Leaving Certificate Examination, 1902
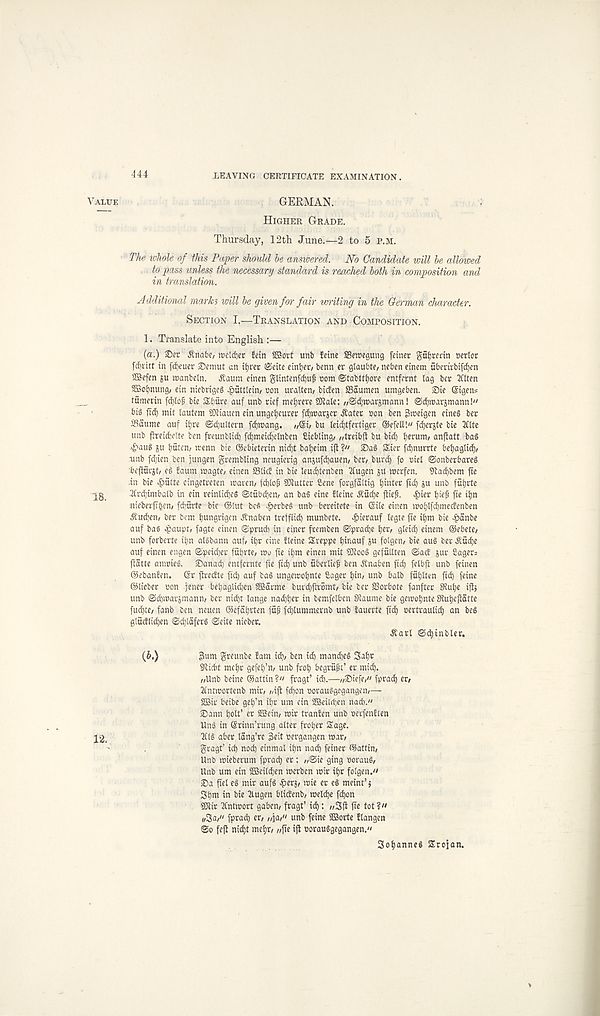
444
LEAVING CERTIFICATE EXAMINATION.
Value
GERMAN.
Higher Grade.
Thursday, 12th June.—2 to 5 P.M.
The whole of this Paper should he answered. No Candidate will he alldioed
to pass unless the necessary standard is reached both in composition and
in translation.
Additional marks will he given for fair writing in the German character.
Section I.—Translation and Composition.
1. Translate into English :—
(a.) 2>er Anabc, wcldjer Ictn fffiovt unb fcine SScwcgung feiner gnfjrenn oerlor
fcf>ntt in fcfyeuer ©emut an tijrer ©cite eintjer/ benn er glaubt?/ nebcn einem ubenvbifdjcn
2Befen ju roanbeln. ^aum cinen glintcnfd)uf com ©tabtttjore cntfcrnt lag ber IHten
SBofynung, cin niebriges ^uttleiiu non uralten/ bicfen ffiaumen umgeben. 2)ie ©igen*
tumeiin fd)lo§ bie Sbure auf unb rief tnefyrerc COtale: „©d;tt>arjmann! ©djwarjntann!"
fid) mit lantern SOltauen ein ungctjeurer fd)tt)arjer jtater non ben graeigen eine§ bee
ifiaume auf itjre ©djultern fdjtnang.
bu leidjtfertiger ©efell!" fdjerjte bie lllte
unb flreidielte ben freunblid) fd)meid)elnben Siebling/ ,/treibft bu bid) Ijerum/ anflatt bad
^auS su bttten/ irenn bie ©ebieterin nid)t bafjeim ifi V' ©ad Sier fdjnurrte beljaglid),
■ unb fdjien ben jungen grerabling neugierig anjufdjauen, ber, burd) fo niel ©onberbareg
bejiui-jt/ ed faum jnagte/ einen SSlicf in bie leud)tenben Itugen jU tnerfen. iRac^bem jte
in bie Quite eingetreten roaren, jd)lo| j SOlutter Sene forgfaltig Ijinter fid) ju unb futjrte
• ] L g_ 2li-d)imbalb in etn reinlidjed ©tubdjen/ an bad eine fleine Aud)e ftiefs. ^>ier l)tep fie ifjn
nieberfi| en> fd;urte bie ©tut bed ^>erbed unb bereitete in ©ile einen >nol)lfd)inec!enben
^udjeii/ ber bom tjungvigen Jtnaben treffiid) munbete. ^ierauf legte fie i^m bie >&anbe
auf bad epaupt/ fagte einen ©prud) in einer fremben ©pradje fjer, gleid) einem ©ebete/
unb forberte iijn aldbann auf/ it)r eine fleine Sreppe Ijinauf ju fotgen, bie aud bev Jtudje
auf einen engen ©peid)er fiitjvte/ too fie iljm einen rait 9Jiood gefullten ©act jur Sager:
ftatte amnied. Sanad) emfernte fie fid) unb fiberliefs ben Anaben fid) felbfi unb feinen
©ebanfen. ©r jtredte fid) auf bad ungeTOoljnte Sager ^in/ unb balb ffiljlten fid) feine
©lieber non jener beb ; aglid;en SBarme turdjftromt, bie ber SSorbote fanfter SRulje ijlj
unb ©d)TOarjmann, ber nid)t lange nadjfer in bcmfelbcn S^aurae bie geTOoljnte Stufjejiatte
fud)te/ fanb ben neuen ©efal)rten fup fdjlummernb unb fauerte fid) oertraulid) an bed
glucflidjen ©d)laferd ©eite nieber.
^arl ©djinbler.
(b.)
greunbe fam id)/ ben id) mandjed 3al)r
Sfticbt mcl)r gefcfi’n/ unb frol) begrupt’ er mid).
//Unb beine ©attin ?« fragt’ id).—//£>iefe,” fprad) er/
2intTOortenb mio //ift fdfon noraudgegangen/—
SOSi r beibe get)’n il)r um cin SEBei l dj en nad).«
Sann fjolt’ er SEein/ TOi r tranfen unb oeifenften
Und in ©rinn’rung alter froljer Sage.
12.
2C(d aber lang’re 3eit rergangen war/
gragt’ id) nod) cinmal il)n nad) feiner ©atttn ;
Unb wieberum fprad) er: //©ie ging ooraud/
Unb um ein SGSei l dj en TOerben wir il)r folgen."
2)a fiel ed mir aufd ^erj/ wie er ed meint’j
St)m in bie llugen blictenb/ TOel d)e fd)on
SRir ttntwort gaben/ fragt’ id): //3fi fie tot?"
//3a/" fprad) co //ja/" unb feine 9Borte flangen
©o feft nid)t mel)t/ //fie ift Poraudgegangen."
Soljanned Srojan.